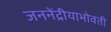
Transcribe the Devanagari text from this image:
जननेंद्रीयाभोवती